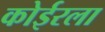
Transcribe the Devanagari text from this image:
कोईरला